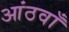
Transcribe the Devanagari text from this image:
आंठवाँ